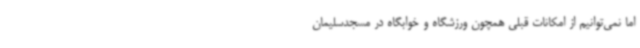
اما نمی‌توانیم از امکانات قبلی همچون ورزشگاه و خوابگاه در مسجدسلیمان